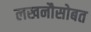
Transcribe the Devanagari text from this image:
लखनौसोबत